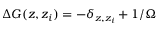
\Delta G ( z , z _ { i } ) = - \delta _ { z , z _ { i } } + 1 / \Omega